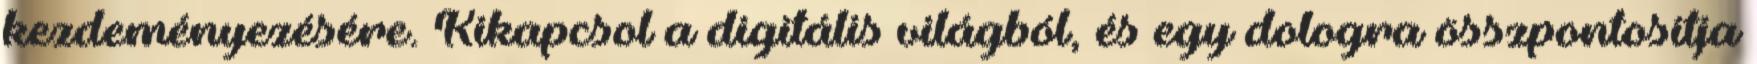
kezdeményezésére. Kikapcsol a digitális világból, és egy dologra összpontosítja